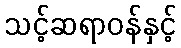
သင့်ဆရာဝန်နှင့်